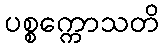
ပစ္စက္ကောသတိ